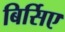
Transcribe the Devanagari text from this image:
बिर्सिए